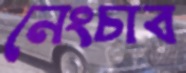
নেংচাব